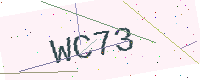
Text: WC73